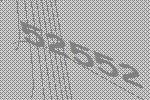
52552